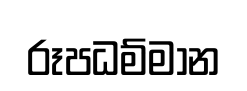
රූපධම්මාන